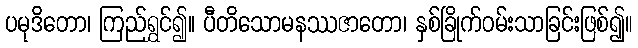
ပမုဒိတော၊ ကြည်ရွှင်၍။ ပီတိသောမနဿဇာတော၊ နှစ်ခြိုက်ဝမ်းသာခြင်းဖြစ်၍။